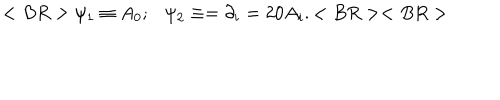
LaTeX: < B R > \psi _ { 1 } \equiv A _ { 0 } ; \psi _ { 2 } \equiv = \partial _ { i } = 2 0 A _ { i } . < B R > < B R >